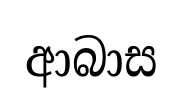
ආබාස